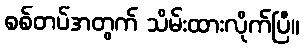
စစ်တပ်အတွက် သိမ်းထားလိုက်ပြီ။